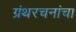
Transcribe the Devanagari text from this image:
ग्रंथरचनांचा